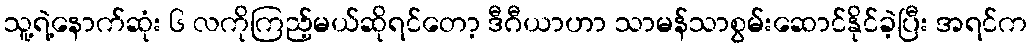
သူ့ရဲ့နောက်ဆုံး ၆ လကိုကြည့်မယ်ဆိုရင်တော့ ဒီဂီယာဟာ သာမန်သာစွမ်းဆောင်နိုင်ခဲ့ပြီး အရင်က